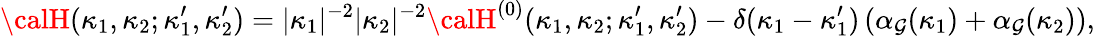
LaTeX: {\calH}(\kappa_{1},\kappa_{2};\kappa_{1}^{\prime},\kappa_{2}^{\prime})=\vert\kappa_{1}\vert^{-2}\vert\kappa_{2}\vert^{-2}{\calH}^{(0)}(\kappa_{1},\kappa_{2};\kappa_{1}^{\prime},\kappa_{2}^{\prime})-\delta(\kappa_{1}-\kappa_{1}^{\prime})\left(\alpha_{\mathcal{G}}(\kappa_{1})+\alpha_{\mathcal{G}}(\kappa_{2})\right),